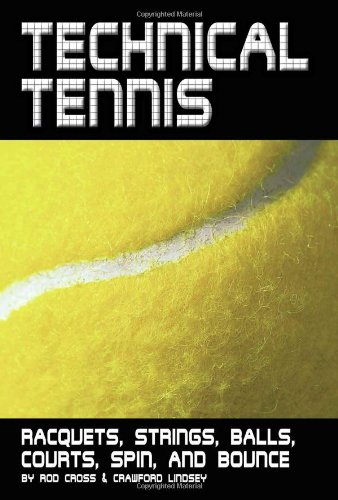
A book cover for Technical Tennis: Racquets, Strings, Balls, Courts, Spin, and Bounce; Rod Cross; Sports & Outdoors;